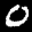
Label: 0